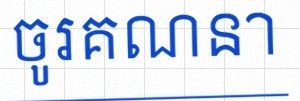
ចូរគណនា